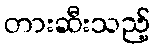
တားဆီးသည့်